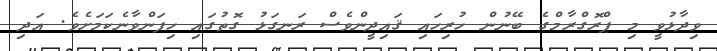
ވިދާޅުވީ މި ޕްރޮގްރާމްގެ ބޭނުން ހުރިހައި ޤައިދީންވެސް ރަނގަޅު ގޮތުގައި ހިފަންވާނެކަމަށެވެ. އަދި